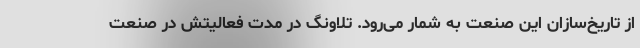
از تاریخ‌سازان این صنعت به شمار می‌رود. تلاونگ در مدت فعالیتش در صنعت